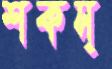
শকস্